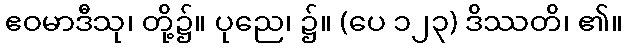
ဧဝမာဒီသု၊ တို့၌။ ပုညေ၊ ၌။ (ပေ ၁၂၃) ဒိဿတိ၊ ၏။